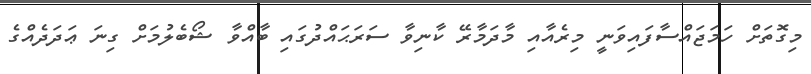
މިގޮތަށް ހަމަޖައްސާފައިވަނީ މިރެއާއި މާދަމާރޭ ކާނިވާ ސަރަޙައްދުގައި ބާއްވާ ޝޯބެލުމަށް ގިނަ ޢަދަދެއްގެ